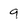
Character: 9